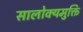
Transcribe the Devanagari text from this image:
सालोक्यमुक्ति